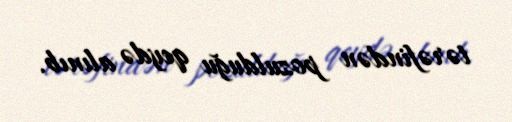
tərəfindən pozulduğu qeydə alınıb.